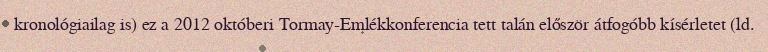
kronológiailag is) ez a 2012 októberi Tormay-Emlékkonferencia tett talán először átfogóbb kísérletet (ld.